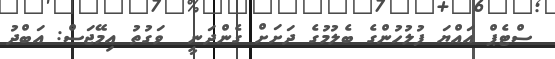
ސްޓެޕް އައްޔަ ފުލުހުންގެ ބެލުމުގެ ދަށަށް ގެންދަނީ  ވަގުތު އިމޭޖަސް: އަބްދު